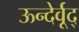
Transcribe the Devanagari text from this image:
ऊन्देर्वूद्